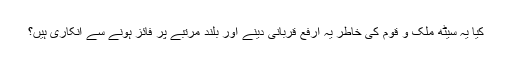
کیا یہ سیٹھ ملک و قوم کی خاطر یہ ارفع قربانی دینے اور بلند مرتبے پر فائز ہونے سے انکاری ہیں؟